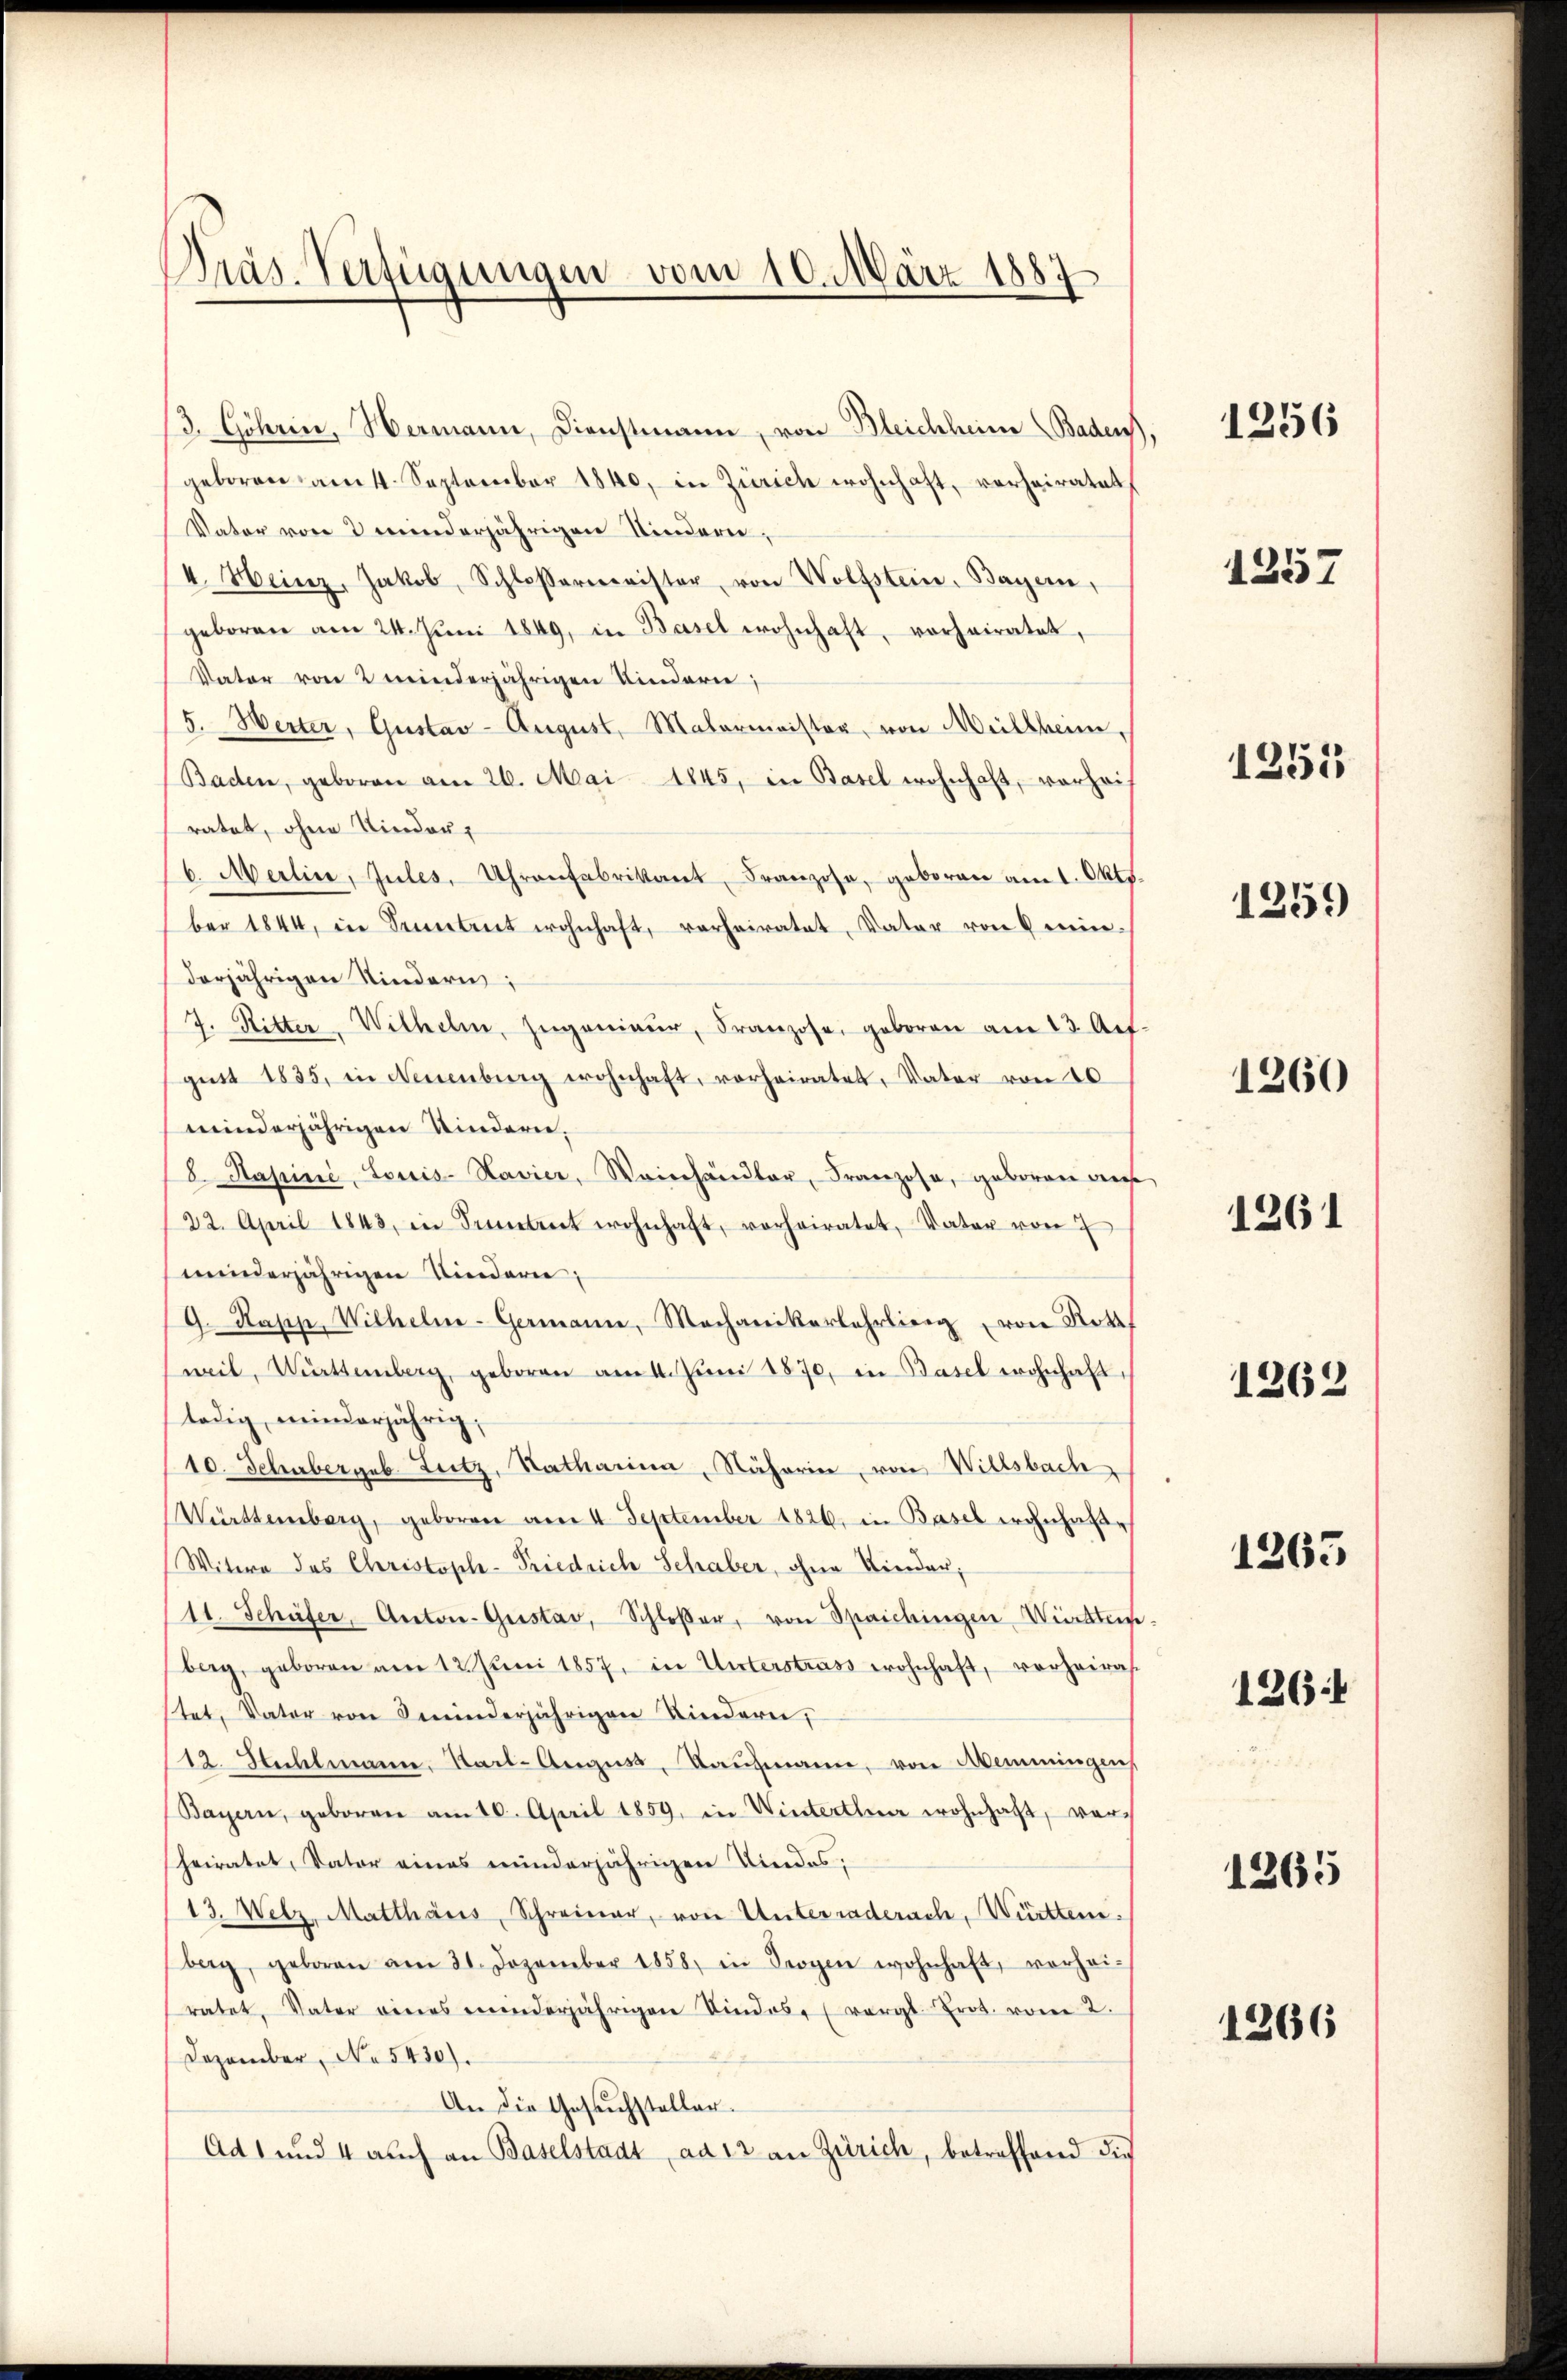
Präs. Verfügungen vom 10. März 1887

/3. Göhrin, Hermann, Dienstmann, von Bleichheim Baden,
geboren am 4. September 1840, in Zürich wohnhaft, vorheiratet
Vater von 2 minderjährigen Kindern,
4. Heinz, Jakob, Schloßermeister, von Wolfstein, Bayer,
geboren am 24. Juni 1849, in Basel wohnhaft, vorheiratet,
Vater von 2 minderjährigen Kinderie;
5. Werter, Gustav-August, Matermaister von Müllheim,
Baden, geboren am 26. Mai 1845, in Basel wohnhaft, vorhei-
ratet, ohne Kinder
b. Meilie, Jules, Uhrenfabrikant Franzose, geboren am 1. Oktb.
ber 1844, in Teintreit wohnhaft, verheiratet, Vater von 6 minderjährigen Kindern;
7. Ritter, Wilhelm, Ingenieŭr, Franzose, geboren am 13. Art.
gust 1835, in Neuenburg wohnhaft, vorheiratet, Vater von 20
minderjährigen Kindern.
8 Hapiné, Louis-Navier, Weinhändler, Franzosa, geboren diese
22. April 1843, in Seitet wohnhaft, vorheiratet, Vater von 7
minderjährigen Kindern;
G. Rapp, Wilhelme-Germann, Mechanikerlehrling von Rottf
weil, Württemberg, geboren am 1. Juni 1870, in Basel wohnhaft,
lädig minderjährig,
10. Schubergeb. Leitz, Natharina, Näherin, von Willsbach
Württemberg, geboren am 4. September 1826. in Basel wohnhafte
Witwe des Christophe-Friedrich Schaber, ohne Kinder,
11. Schüfer, Anton-Gustav, Schloßer, von Spaichingen Wichten
berg, geboren am 12. Jŭni 1857, in Unterstrass wohnhaft, vorheiratet, Vater von Seinderjährigen Kindern,
12. Stuhlmann, Sail-August, Kaufmann, von Memmingen
Bayern, geboren am 10. April 1859, in Winterthur wohnhaft, vor-
heiratet, Vater eines minderjährigen Niedes;
13. Welz, Mattharis, Schreiner, von Unterraderach, Württen.
berg, geboren am 21. Dezember 1858, in Trogen wohnhaft, vorhei-
ratet, Vater eines einderjährigen Sindos (vergl. Prot. vom 2.
Dezember, No 5430).
An die Gesuchsteller.
Ad 1 und 4 auch an Baselstadt ad 12 an Zürich, betreffend dies

1256

1257

1251

1259)

1260

1261

1262

1265

126:

1265

1266